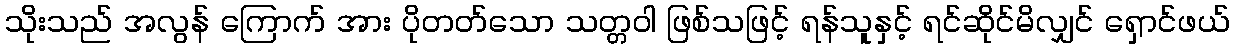
သိုးသည် အလွန် ကြောက် အား ပိုတတ်သော သတ္တဝါ ဖြစ်သဖြင့် ရန်သူနှင့် ရင်ဆိုင်မိလျှင် ရှောင်ဖယ်